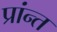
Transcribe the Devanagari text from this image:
प्रांन्त